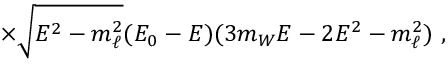
\times \sqrt { E ^ { 2 } - m _ { \ell } ^ { 2 } } ( E _ { 0 } - E ) ( 3 m _ { W } E - 2 E ^ { 2 } - m _ { \ell } ^ { 2 } ) \ ,